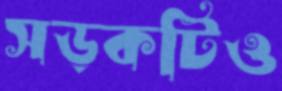
সড়কটিও